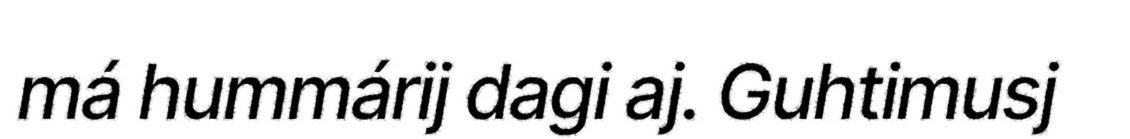
má hummárij dagi aj. Guhtimusj